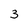
Character: 3